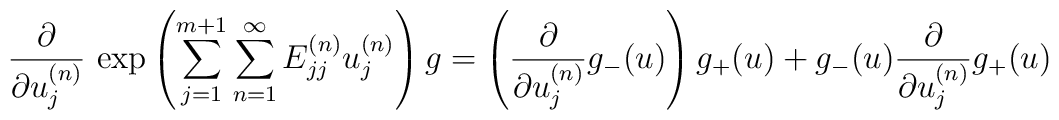
\frac{\partial}{\partial u^{(n)}_j}\, \exp \left({\sum_{j=1}^{m+1} \sum_{n=1}^{\infty} E^{(n)}_{jj}u^{(n)}_j}\right) g= \left( \frac{\partial}{\partial u^{(n)}_j} g_{-} (u) \right) g_{+} (u) + g_{-} (u) \frac{\partial}{\partial u^{(n)}_j} g_{+} (u)